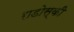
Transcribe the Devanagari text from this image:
राडोस्की